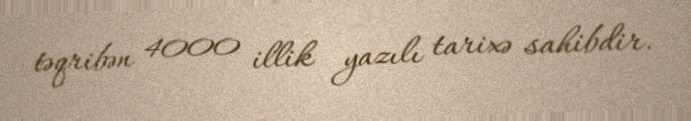
təqribən 4000 illik yazılı tarixə sahibdir.